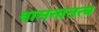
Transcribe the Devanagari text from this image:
वासनातत्व